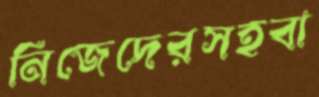
নিজেদেরসহবা